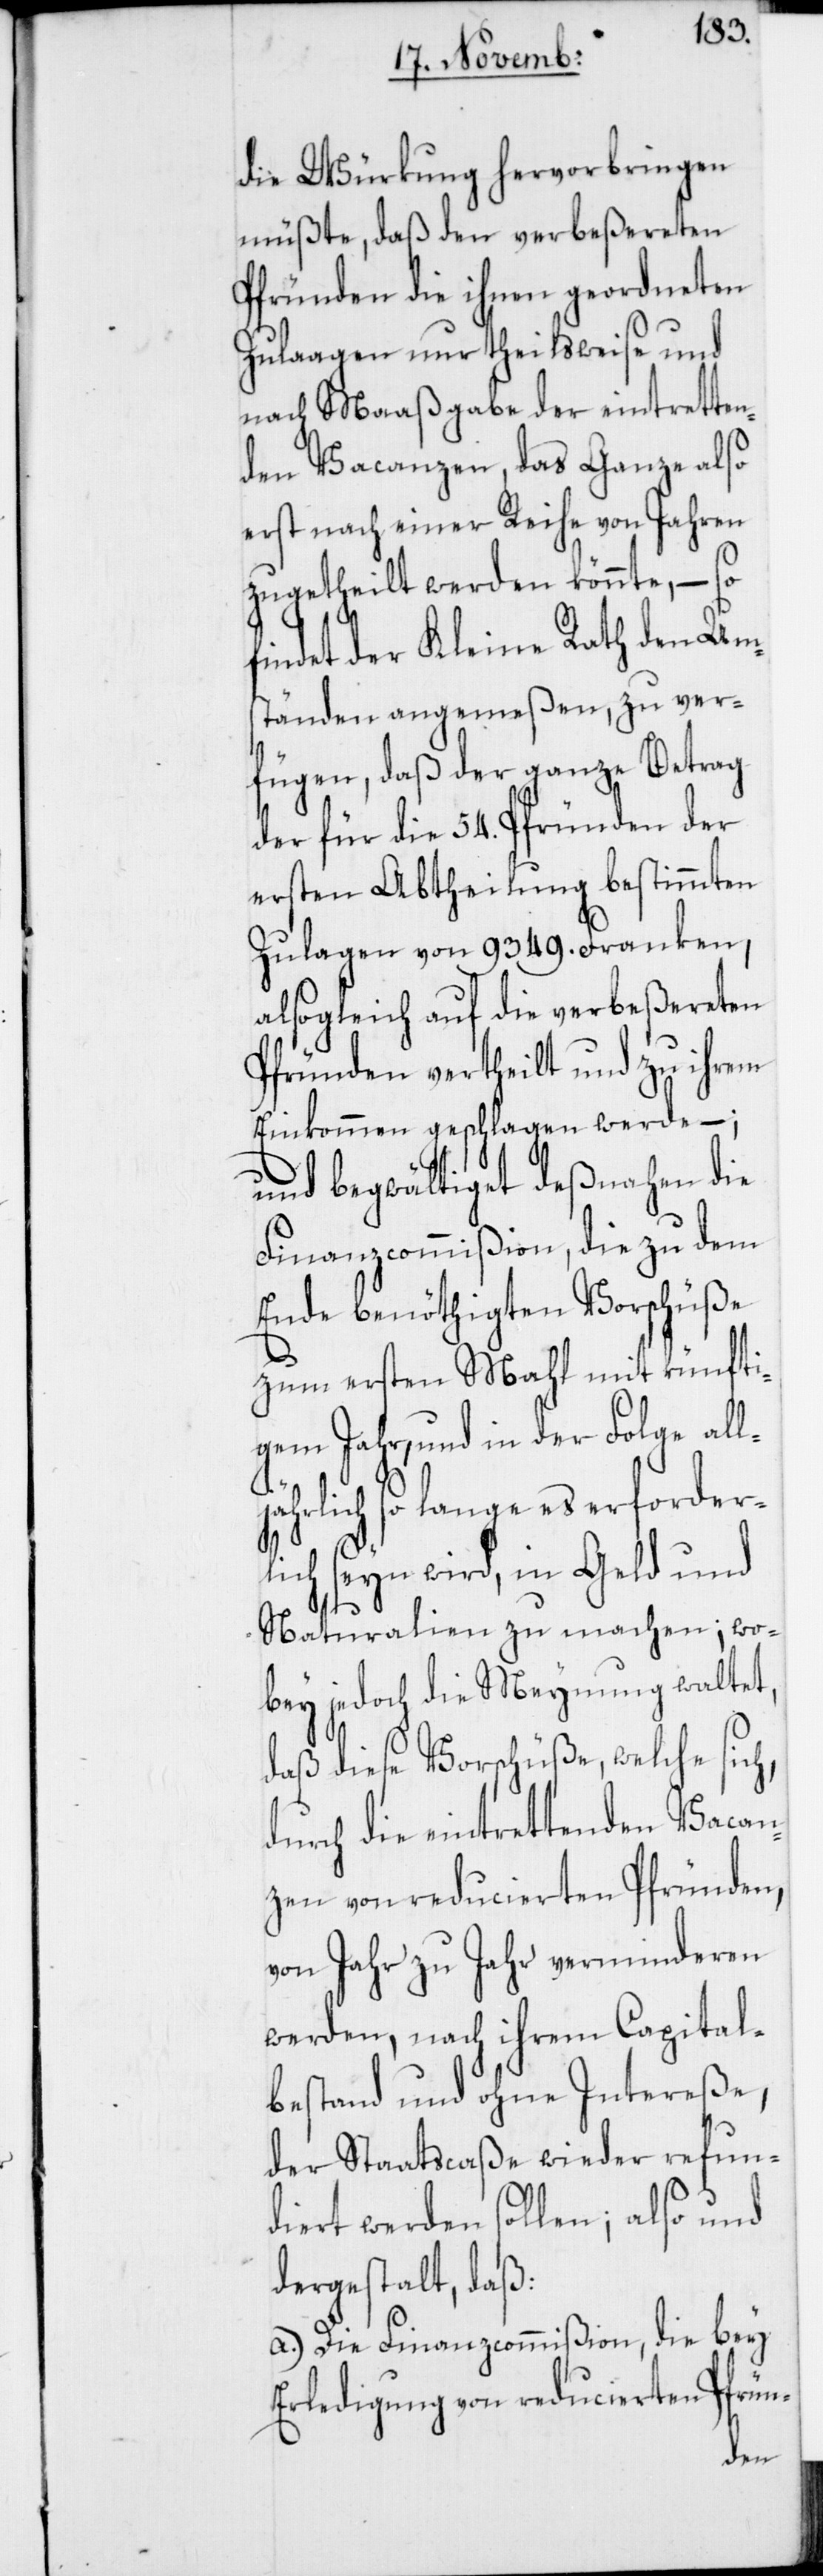
die Würkung hervorbringen
müßte, daß den verbeßereten
Pfründen die ihnen geordneten
Zulaagen nur theilweise und
nach Maaßgabe der eintretten¬
den Vacanzen, das Ganze also
erst nach einer Reihe von Jahren
zugetheilt werden könnte, – so
findet der Kleine Rath den Um¬
ständen angemeßen, zu ver¬
fügen, daß der ganze Betrag
der für die 54. Pfründen der
ersten Abtheilung bestimmten
Zulagen von 9349. Franken,
alsogleich auf die verbeßereten
Pfründen vertheilt und zu ihrem
Einkommen geschlagen werde –;
und begwältiget deßnahen die
Finanzcommißion, die zu dem
Ende benöthigten Vorschüße
zum ersten Mahl mit künfti¬
gem Jahr, und in der Folge all¬
jährlich so lange es erforder¬
lich seyn wird, in Geld und
Naturalien zu machen; wo¬
bey jedoch die Meynung waltet,
daß diese Vorschüße, welche sich,
durch die eintrettenden Vacan¬
zen von reducierten Pfründen,
von Jahr zu Jahr verminderen
werden, nach ihrem Capital¬
bestand und ohne Intereße,
der Staatscaße wieder refun¬
diert werden sollen; also und
dergestalt, daß:
a.) Die Finanzcommißion, die bey
Erledigung von reducierten Pfrün-